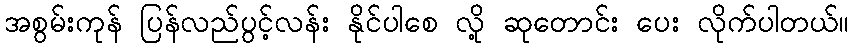
အစွမ်းကုန် ပြန်လည်ပွင့်လန်း နိုင်ပါစေ လို့ ဆုတောင်း ပေး လိုက်ပါတယ်။